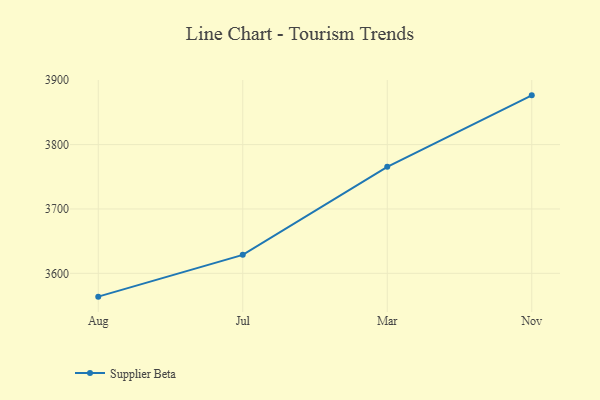
{"axis": {"x": "Month", "y": "LTV (USD)"}, "legend": ["Supplier Beta"], "data": [{"x": "Aug", "y": 3563.8, "type": "Supplier Beta"}, {"x": "Jul", "y": 3628.7, "type": "Supplier Beta"}, {"x": "Mar", "y": 3765.5, "type": "Supplier Beta"}, {"x": "Nov", "y": 3876.5, "type": "Supplier Beta"}]}